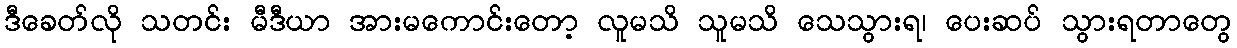
ဒီခေတ်လို သတင်း မီဒီယာ အားမကောင်းတော့ လူမသိ သူမသိ သေသွားရ၊ ပေးဆပ် သွားရတာတွေ